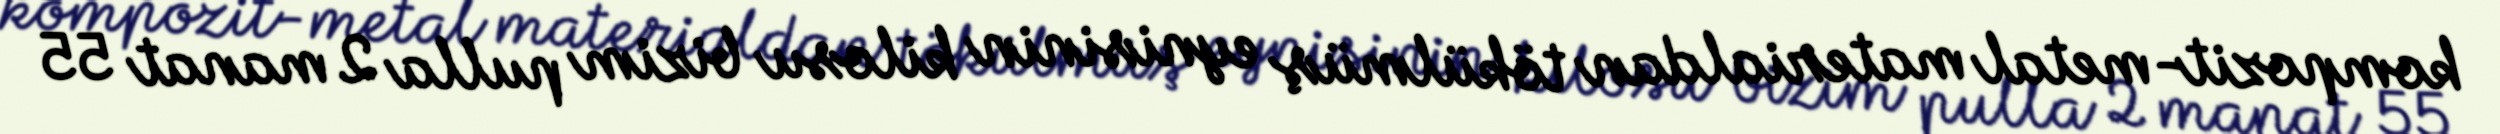
kompozit-metal materialdan tökülmüş eynisinin kilosu bizim pulla 2 manat 55